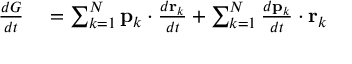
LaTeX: \begin{array} { r l } { { \frac { d G } { d t } } } & { { } = \sum _ { k = 1 } ^ { N } \mathbf { p } _ { k } \cdot { \frac { d \mathbf { r } _ { k } } { d t } } + \sum _ { k = 1 } ^ { N } { \frac { d \mathbf { p } _ { k } } { d t } } \cdot \mathbf { r } _ { k } } \end{array}